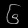
Digit: ၆